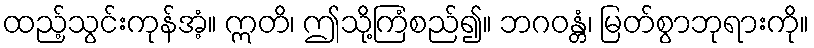
ထည့်သွင်းကုန်အံ့။ ဣတိ၊ ဤသို့ကြံစည်၍။ ဘဂဝန္တံ၊ မြတ်စွာဘုရားကို။